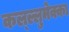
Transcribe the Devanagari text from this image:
कल्ल्लुमेक्का